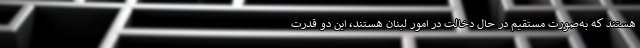
هستند که به‌صورت مستقیم در حال دخالت در امور لبنان هستند، این دو قدرت